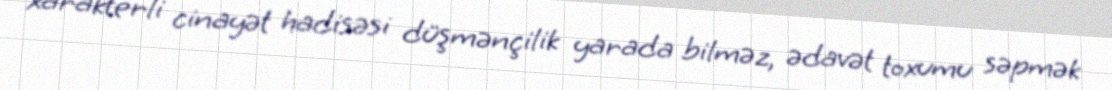
xarakterli cinayət hadisəsi düşmənçilik yarada bilməz, ədavət toxumu səpmək